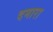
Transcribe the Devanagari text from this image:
दमारा